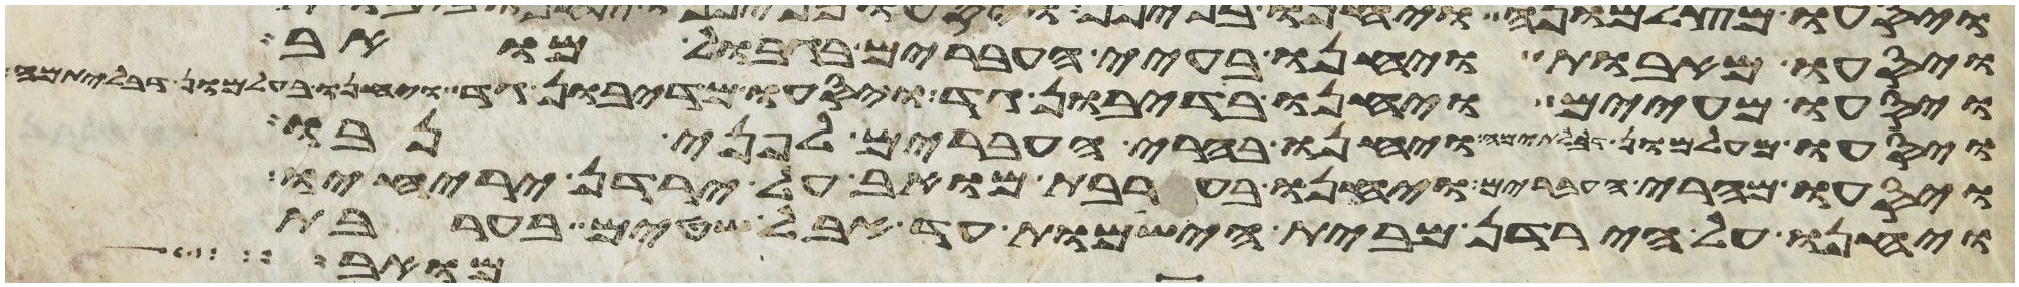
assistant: ויסעו מאבות ויחנו בעיי העברים בגבול מואב
ויסעו מעיים ויחנו בדיבון גד ויסעו מדיבון גד ויחנו בעלמון דבלתימה
ויסעו מעלמון דבלתימה ויחנו בהרי העברים לפני נבו
ויסעו מהרי העברים ויחנו בערבת מואב על ירדן יריחו
ויחנו על הירדן מבית הישמות עד אבל שטים בערבת